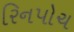
રિનપોચ